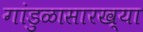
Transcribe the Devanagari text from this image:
गांडुळासारख्या